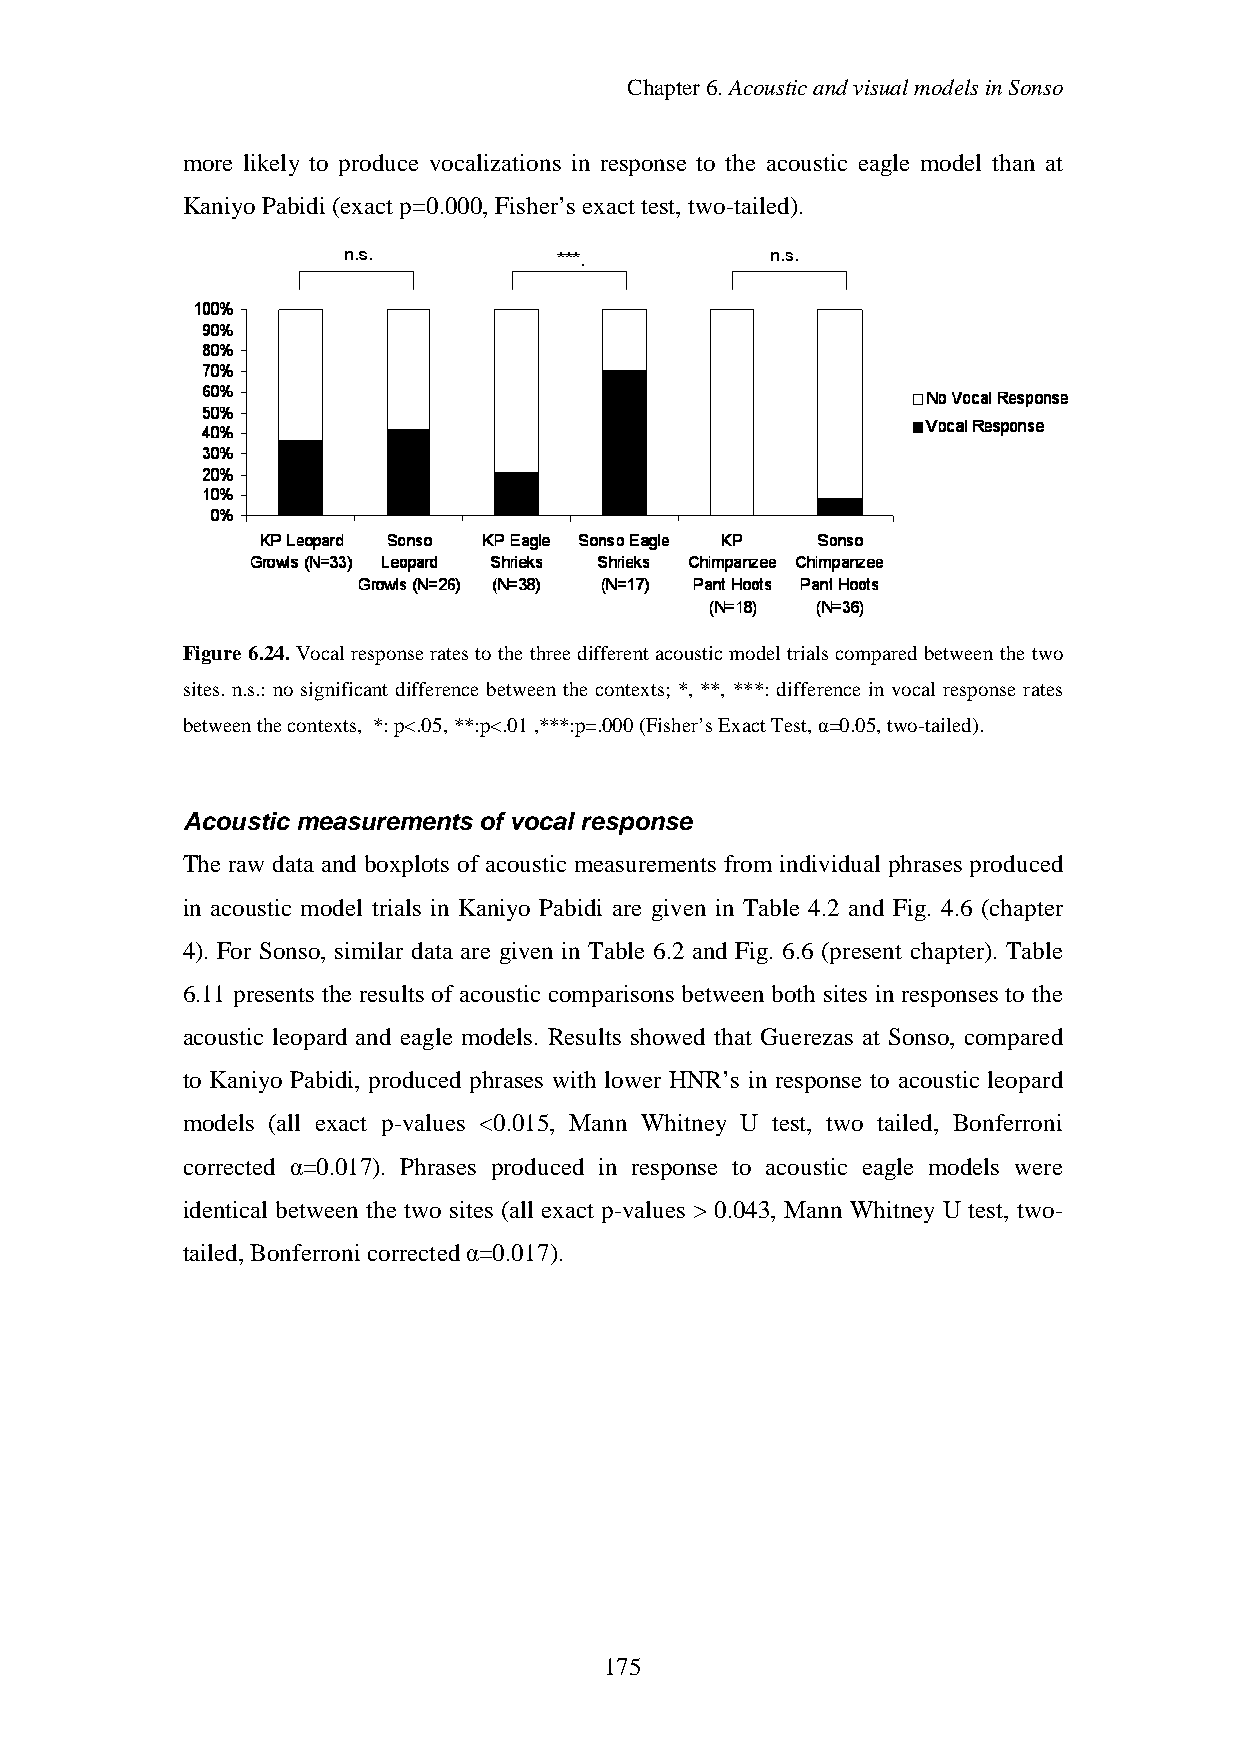
Chapter6.AcousticandvisualmodelsinSonso
 more likely to produce vocalizations in response to the acoustic eagle model than at
 KaniyoPabidi (exact p=0.000,Fisher’s exact test,two-tailed).
 Figure 6.24. Vocalresponse ratesto the three differentacoustic modeltrialscompared betweenthe two
 sites. n.s.: no significant difference between the contexts; *, **, ***: difference in vocal response rates
 betweenthecontexts, *:p<.05,**:p<.01,***:p=.000(Fisher’sExactTest,α=0.05,two-tailed).
 Acoustic measurements of vocal response
 The raw data and boxplots of acoustic measurements from individual phrases produced
 in acoustic model trials in Kaniyo Pabidi are given in Table 4.2 and Fig. 4.6 (chapter
 4). For Sonso, similar data are given in Table 6.2 and Fig. 6.6 (present chapter). Table
 6.11 presents the results of acoustic comparisons between both sites in responses to the
 acoustic leopard and eagle models. Results showed that Guerezas at Sonso, compared
 to Kaniyo Pabidi, produced phrases with lower HNR’s in response to acoustic leopard
 models (all exact p-values <0.015, Mann Whitney U test, two tailed, Bonferroni
 corrected α=0.017). Phrases produced in response to acoustic eagle models were
 identical between the two sites (all exact p-values > 0.043, Mann Whitney U test, two-
 tailed,Bonferroni corrected α=0.017).
 175